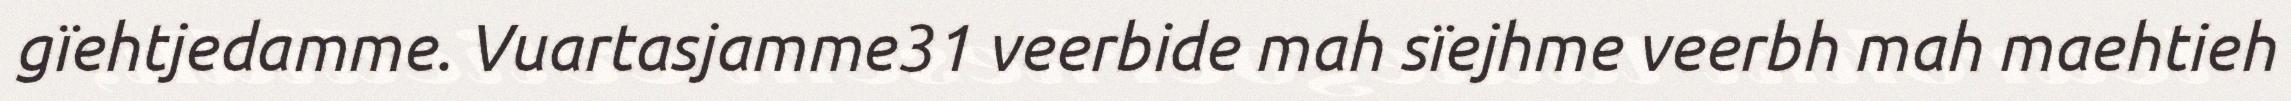
gïehtjedamme. Vuartasjamme31 veerbide mah sïejhme veerbh mah maehtieh